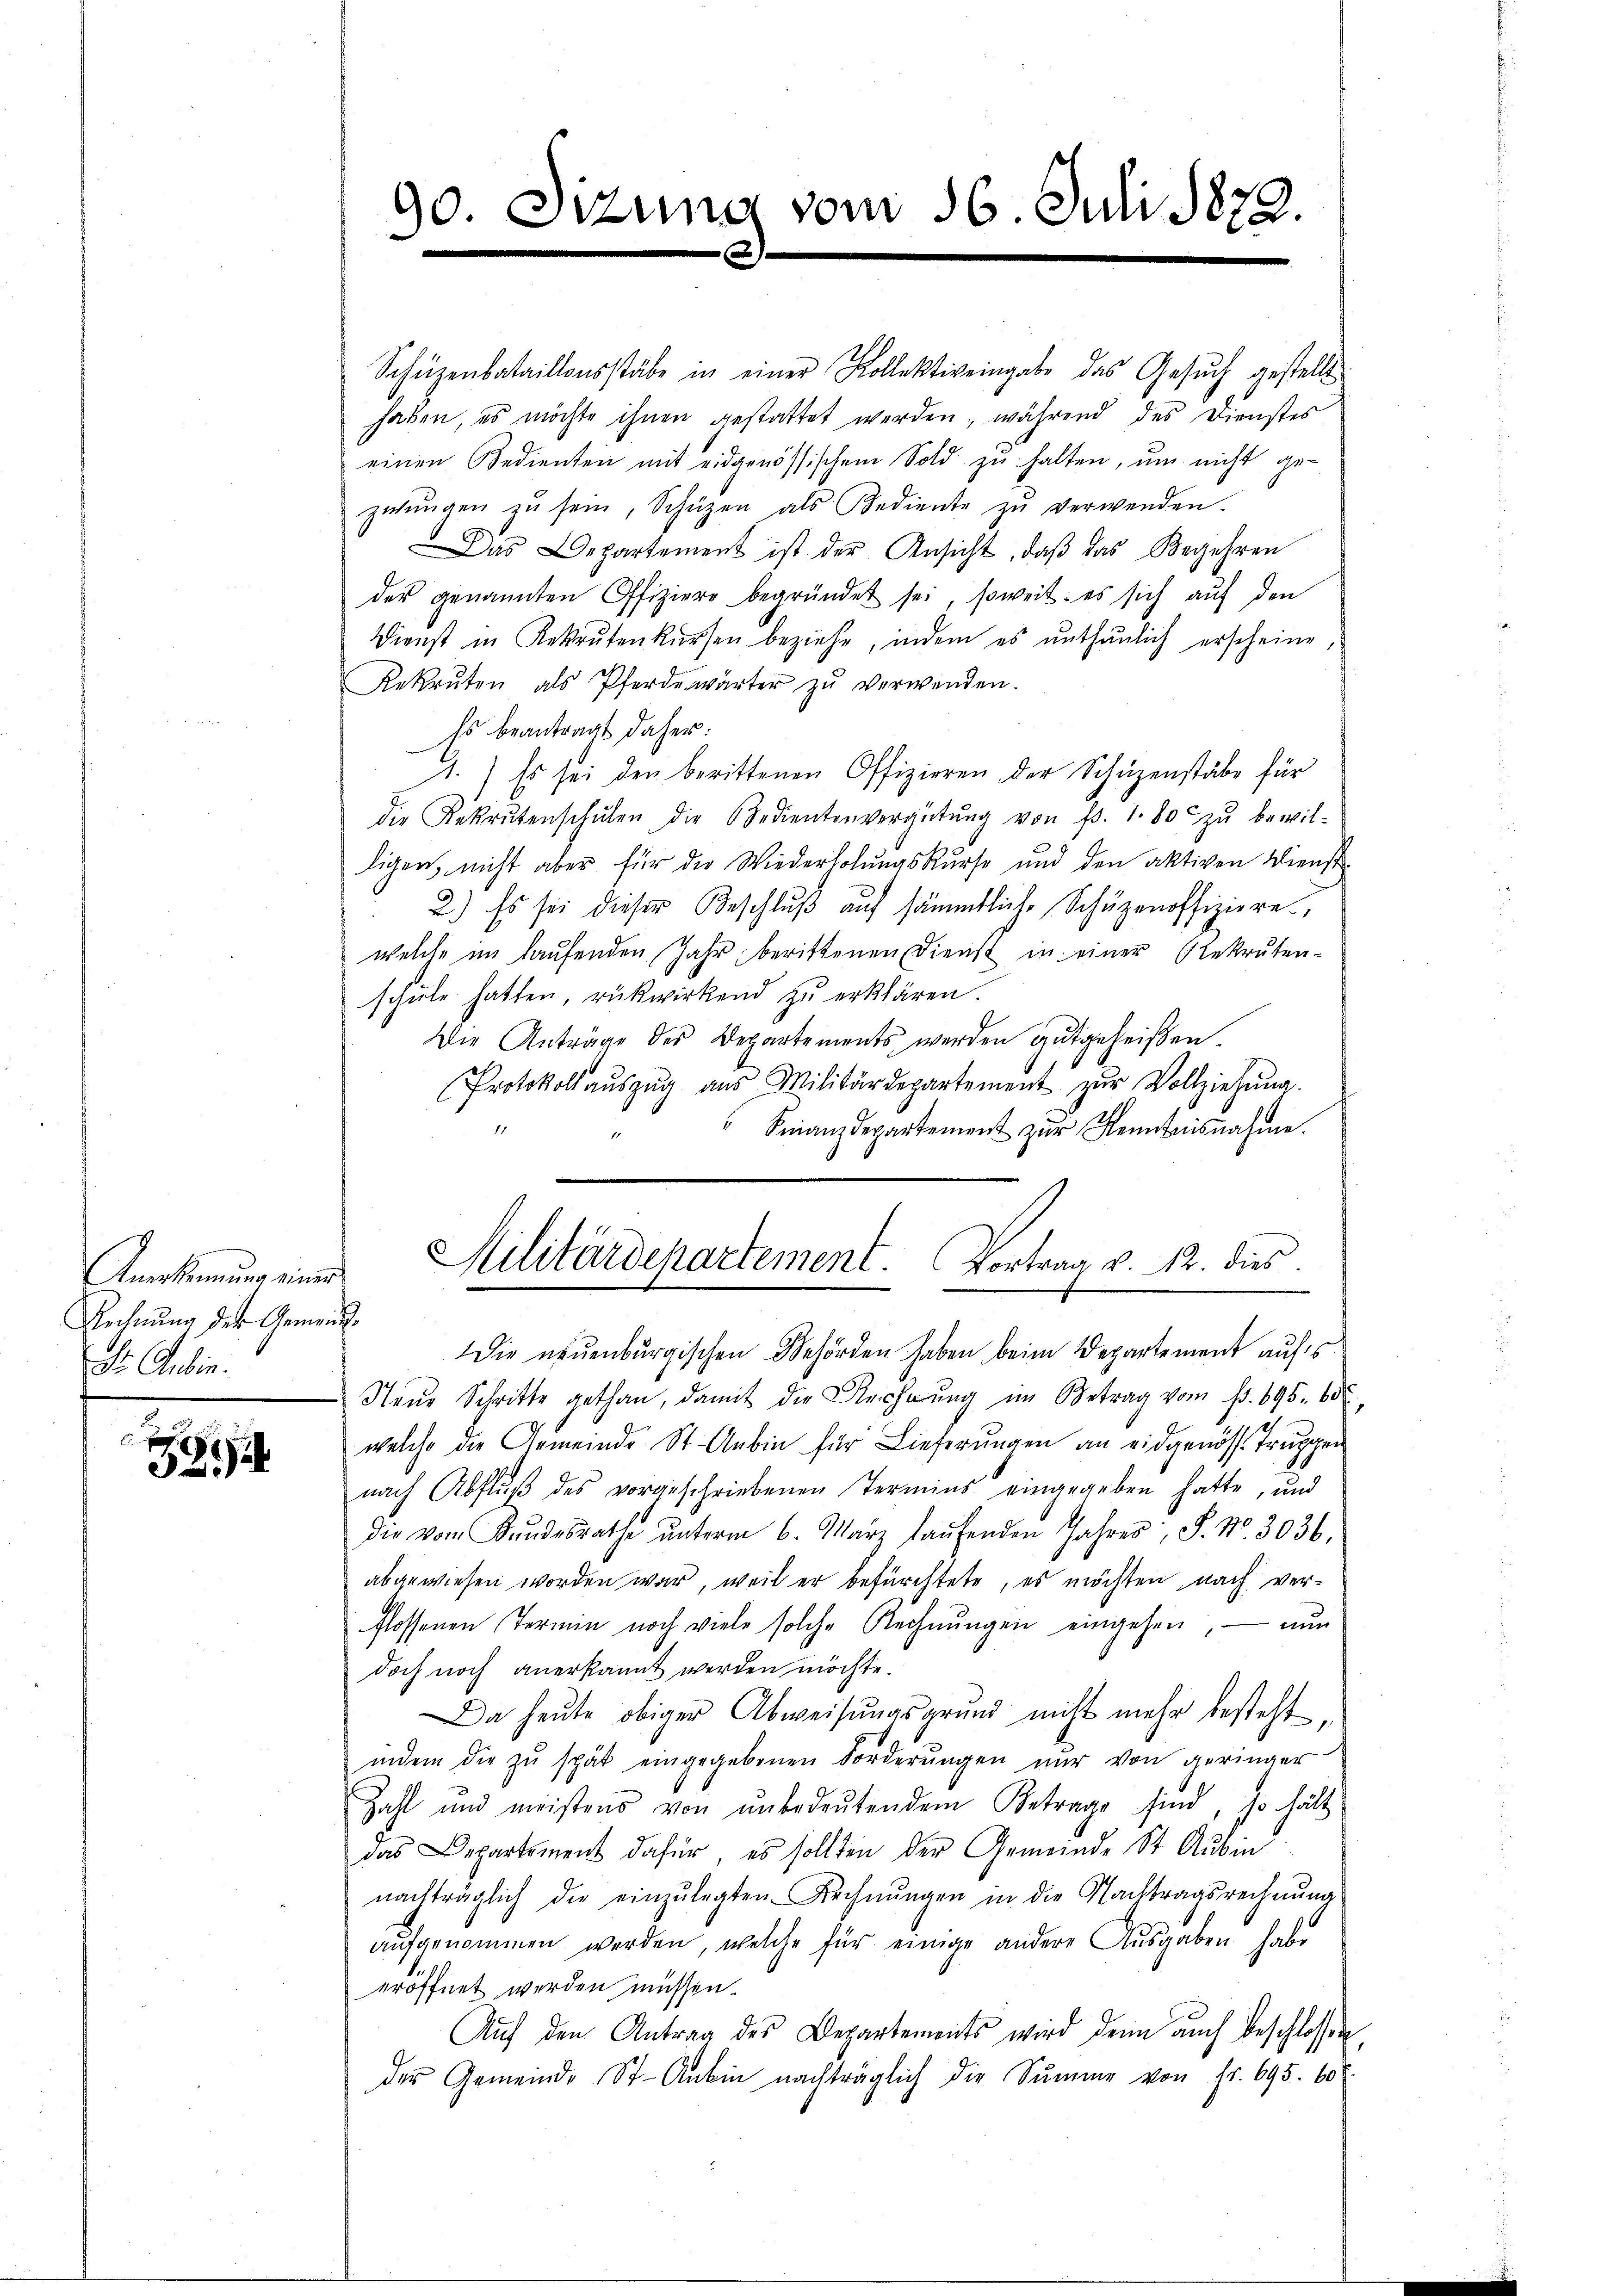
Ansinnung einer
Rechnung der Gemeind¬
Dr. Aubin.

2

Schüzenbataillonsstäbe in einer Kollektiveingabe das Gesuch gestellt
haben, es möchte ihnen gestattet werden, während des Dienstes
einen Bedienten mit eidgenössischem Sold zu halten, um nicht gezwungen zŭ sein, Schüzen als Bediente zŭ verwenden.
Das Departement ist der Ansicht, daβ das Begehren
der genannten Offiziere begründet sei, soweit: es sich auf den
Dienst in Rekrutenkŭrsen beziehe, indem es enthŭnlich erscheine,
Rekruten als Pferdewärter zŭ verwenden.
Es beantragt daher:
1.) Es sei den berittenen Offizieren der Schüzenstäbe für
die Rekrutenschŭlen die Bedientenvergütŭng von f. 1. 80 zŭ bewil-
ligen, nicht aber für die Wiederholungskurse und den aktiven Dienst
2.) Es sei dieser Beschluß auf sämmtliche Schüzenoffiziere,
welche im laufenden Jahr berittenen Dienst in einer Rekrutenschule hatten, rückwirkend zu erklären.
Die Anträge des Departements werden gutgeheißen
Protokoll aŭszŭg aŭs Militärdepartement zŭr Vollziehŭng.
Finanzdepartement zŭr Kenntnisnahme.
Militärdepartement. Vortrag v. 12. dies
Die neuenburgischen Behörden haben beim Departement aufs
Neŭe Schritte gethan, damit die Reiherŭng im Betrag vom 1. 695. 60
welche die Gemeinde St. Anbin für Lieferungen an eidgenösse Truggen
nach Abflŭβ des vorgeschriebenen Termins eingegeben hatte, und
die vom Bŭndesrathe ŭnterm 6. März laŭfenden Jahres, S. Nr. 3036.
abgewiesen worden war, weil er befürchtete, es möchten nach verflossenen Termin noch viele solche Rechnŭngen eingehen, nun
doch noch anerkannt werden möchte.
Da heute obiger Abweisungsgrund nicht mehr besteht
indem die zŭ spät eingegebenen Forderŭngen nŭr von geringer
Zahl und meistens von ŭnbedeŭtendem Betrage sind, so hält
das Departement dafür, es sollten der Gemeinde St. Ausm
nachträglich die einzŭlegten Rechnŭngen in die Nachtragsrechnŭng
aufgenommen werden, welche für einige andere Ausgaben habe
eröffnet werden müssen.
Auf den Antrag des Departements wird denn auch beschlossen
der Gemeinde St. Anbin nachträglich die Sŭmme von Fr. 695. 608.

90. Sizung vom 16. Juli 1873.